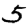
Digit: 5